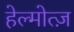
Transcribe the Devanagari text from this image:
हेल्मोत्ज़